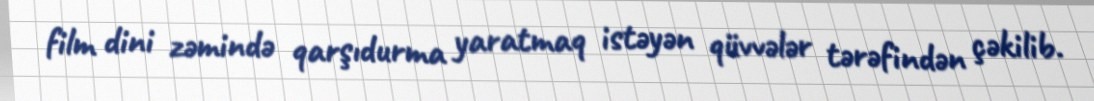
film dini zəmində qarşıdurma yaratmaq istəyən qüvvələr tərəfindən çəkilib.